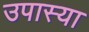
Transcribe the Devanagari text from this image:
उपास्या